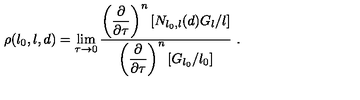
\rho ( l _ { 0 } , l , d ) = \lim _ { \tau \to 0 } { \frac { \displaystyle { \left( { \frac { \partial } { \partial \tau } } \right) ^ { n } \left[ N _ { l _ { 0 } , l } ( d ) G _ { l } / l \right] } } { \displaystyle { \left( { \frac { \partial } { \partial \tau } } \right) ^ { n } \left[ G _ { l _ { 0 } } / l _ { 0 } \right] } } } \ .